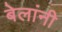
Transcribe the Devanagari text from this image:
बेलांनी